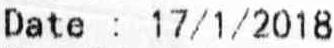
DATE : 17/1/2018